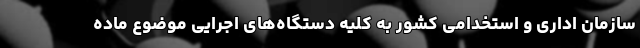
سازمان اداری و استخدامی کشور به کلیه دستگاه‌های اجرایی موضوع ماده